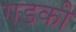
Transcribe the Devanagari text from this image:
गडकी